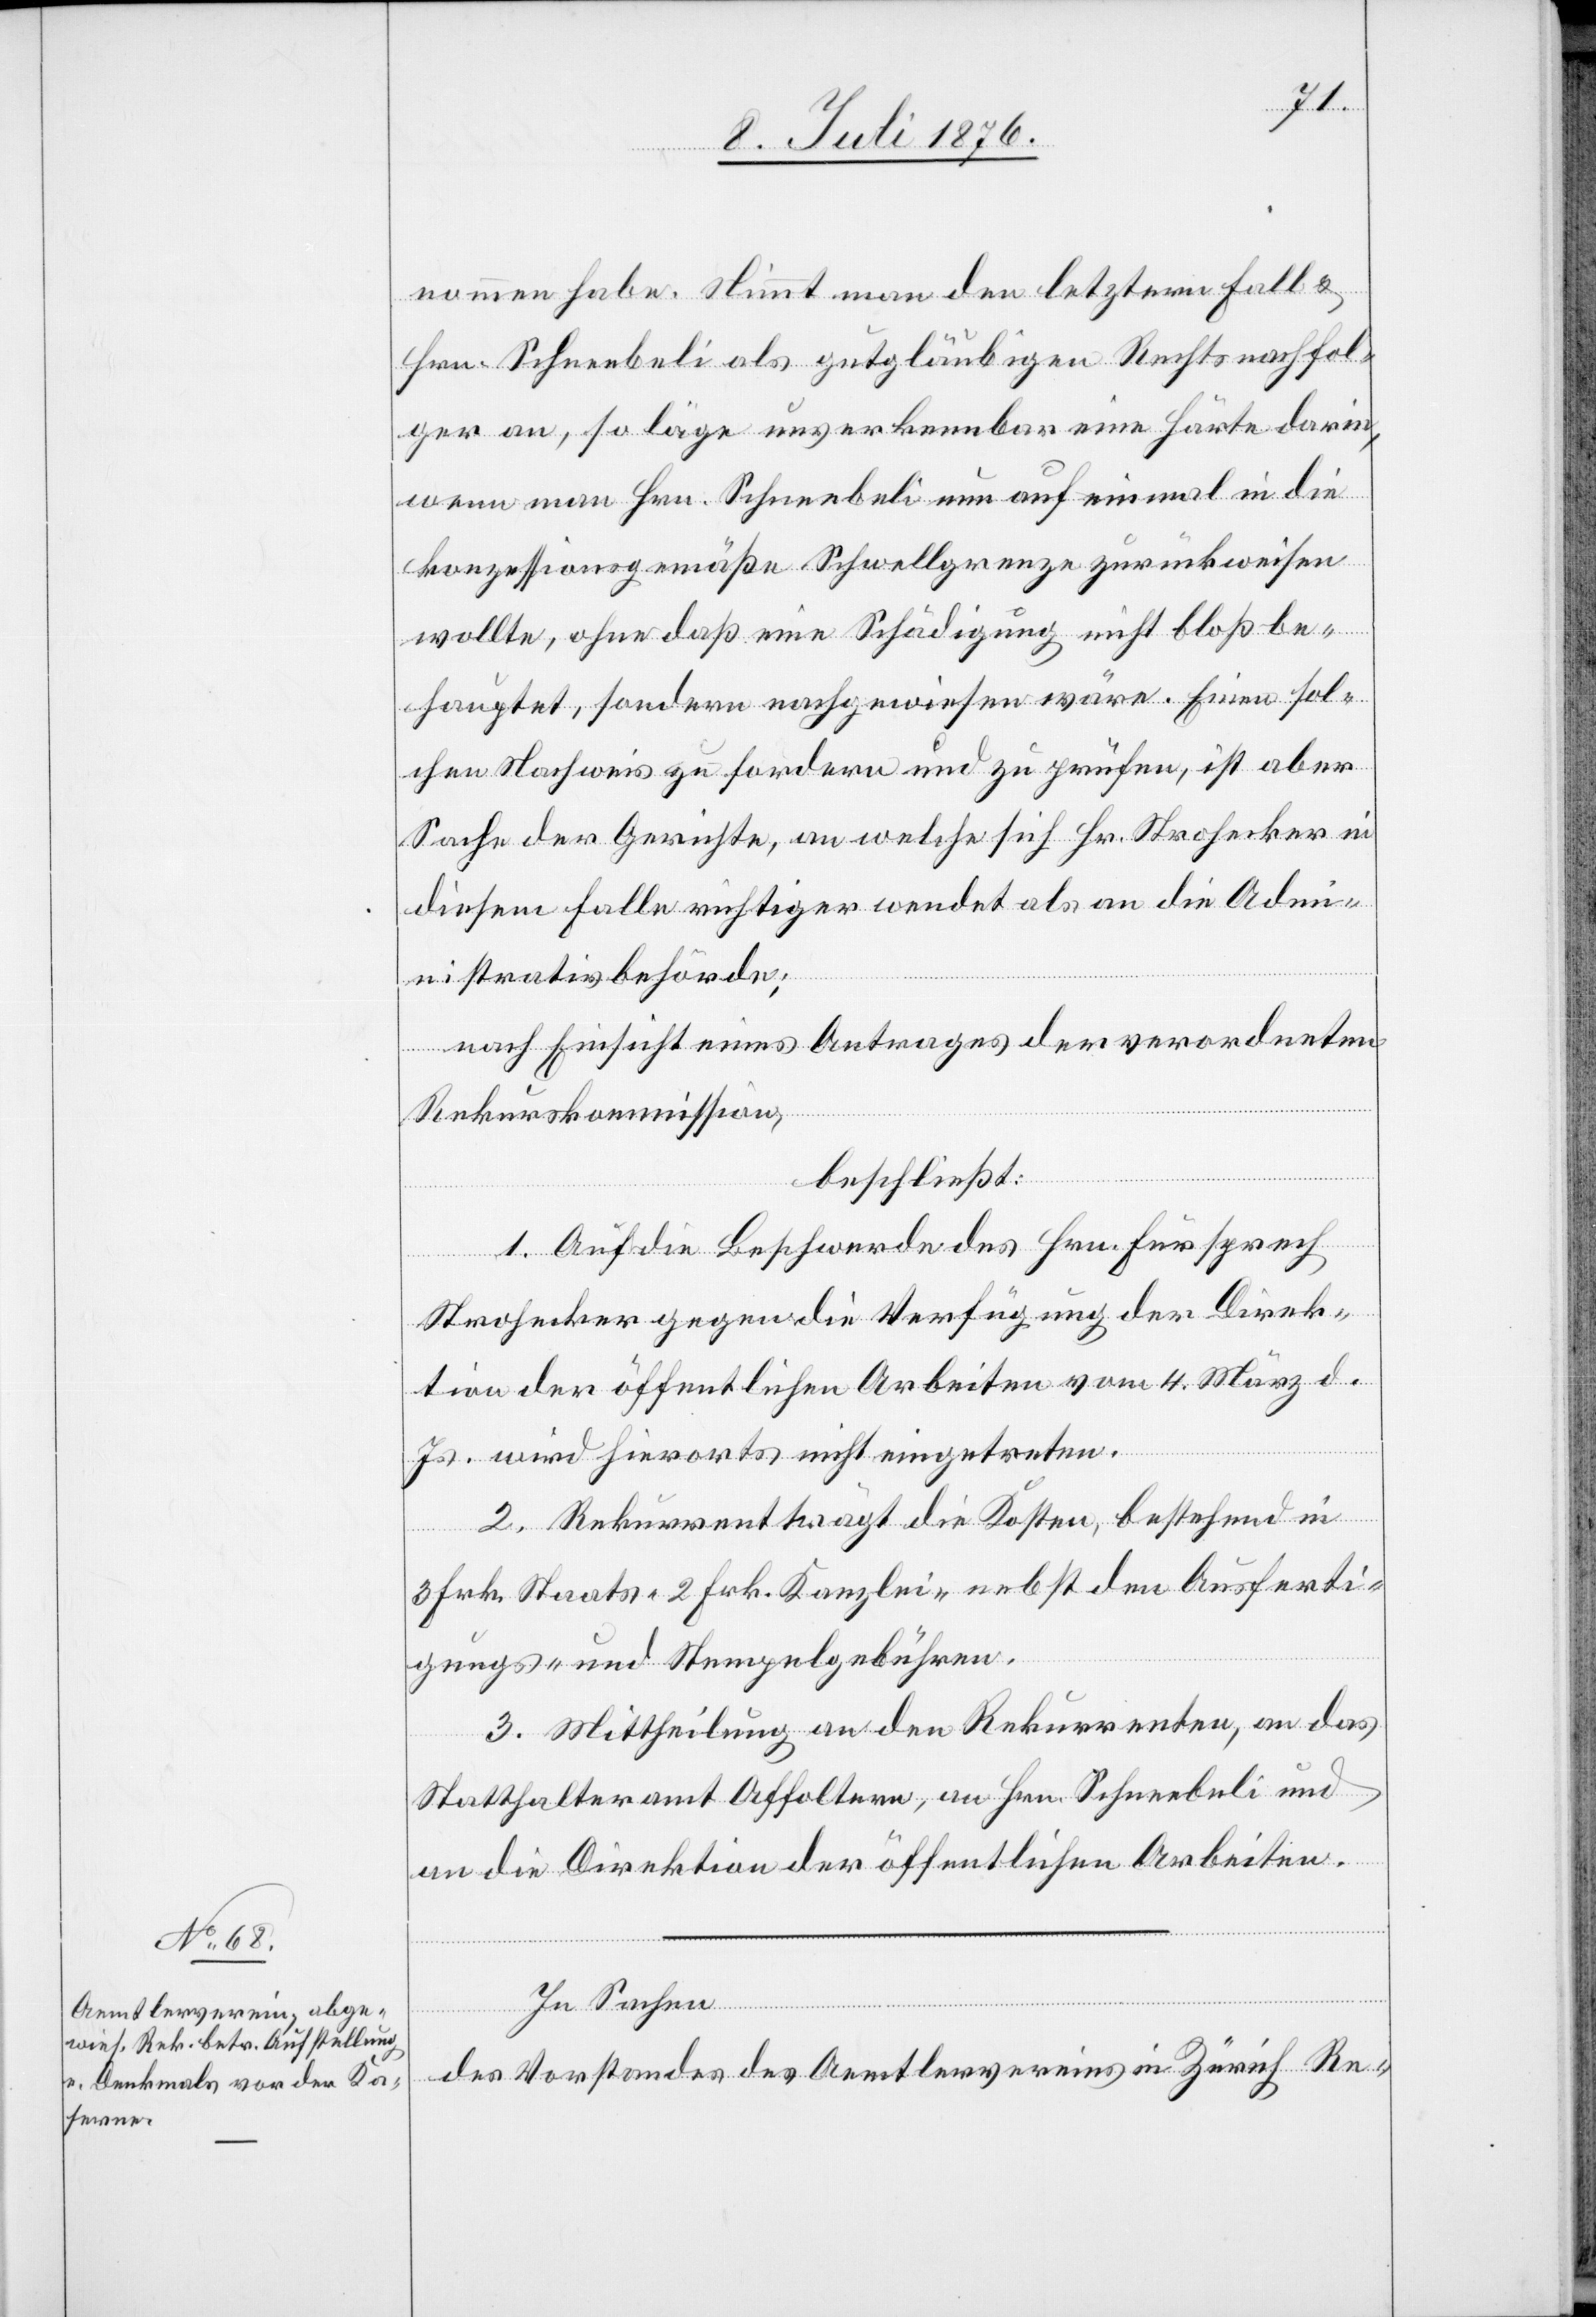
nommen habe. Stimmt man den letztern Fall &
Hrn. Schneebeli als gutgläubigen Rechtsnachfol¬
ger an, so läge unverkennbar einen Härte darin
wenn man Hrn. Schneebeli nun auf einmal in die
konzessionsgemäße Schwellgrenze zurückweisen
wollte, ohne daß eine Schädigung nicht bloß be¬
hauptet, sondern nachgewiesen wäre. Einen sol¬
chen Nachweis zu fordern und zu prüfen, ist aber
Sache der Gerichte, an welche sich Hr. Strohecker in
diesem Falle richtiger wendet als an die Admi¬
nistrativbehörde.
nach Einsicht eines Antrages der verordneten
Rekurskommission,
beschließt:
1. Auf die Beschwerde des Hrn. Fürsprech
Strohecker gegen die Verfügung der Direk¬
tion der öffentlichen Arbeiten vom 4. März d.
Js. wird hierorts nicht eingetreten.
2. Rekurrent trägt die Kosten, bestehend in
3 Frk. Staats- 2 Frk. Kanzlei- nebst den Ausferti¬
gungs- und Stempelgebühren.
3. Mittheilung an den Rekurrenten, an das
Statthalteramt Affoltern , an Hrn. Schneebeli und
an die Direktion der öffentlichen Arbeiten.
In Sachen
des Vorstandes des Aemtlervereins in Zürich Re-